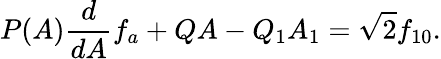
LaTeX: P(A)\frac{d}{dA}f_{a}+QA-Q_{1}A_{1}=\sqrt{2}f_{10}.